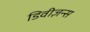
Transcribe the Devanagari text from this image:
डिवीज़न्स